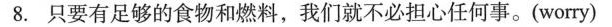
8.只要有足够的食物和燃料，我们就不必担心任何事。(worry)